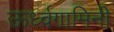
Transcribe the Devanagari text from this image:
ऊर्ध्वगामिनी